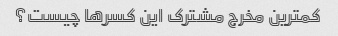
کمترین مخرج مشترک این کسرها چیست؟